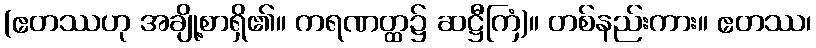
(ဧတဿဟု အချို့စာရှိ၏။ ကရဏတ္ထ၌ ဆဋ္ဌီကြံ)။ တစ်နည်းကား။ ဧတဿ၊